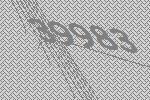
39983